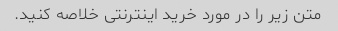
متن زیر را در مورد خرید اینترنتی خلاصه کنید.